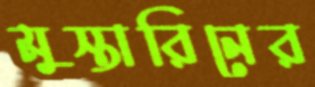
মুস্তারিনের